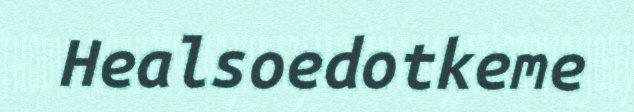
Healsoedotkeme